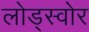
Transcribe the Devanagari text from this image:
लोड्स्वोर